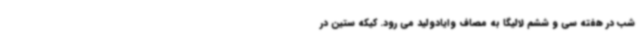
شب در هفته سی و ششم لالیگا به مصاف وایادولید می رود. کیکه ستین در